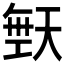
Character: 𪥙